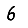
Digit: 6